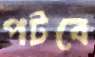
পটবে